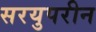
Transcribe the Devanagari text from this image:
सरयुपरीन